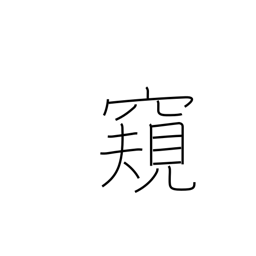
Meaning: spy on